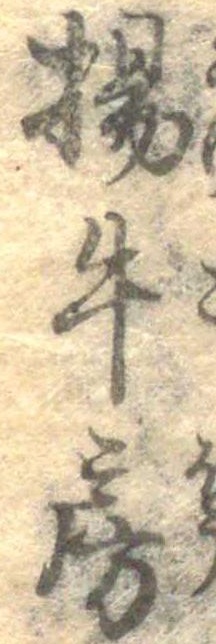
揚牛房